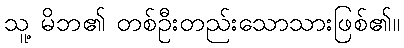
သူ့ မိဘ၏ တစ်ဦးတည်းသောသားဖြစ်၏။